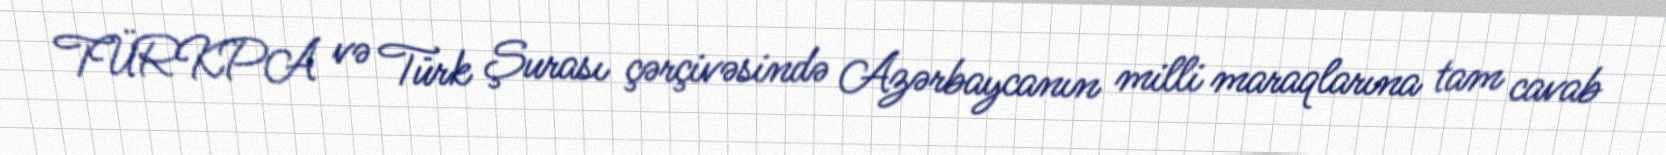
TÜRKPA və Türk Şurası çərçivəsində Azərbaycanın milli maraqlarına tam cavab